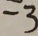
- 3